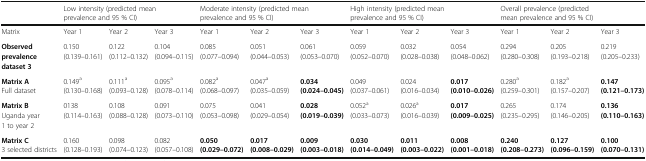
<table><thead><tr><td></td><td colspan="3"><b>Low intensity (predicted mean prevalence and 95 % CI)</b></td><td colspan="3"><b>Moderate intensity (predicted mean prevalence and 95 % CI)</b></td><td colspan="3"><b>High intensity (predicted mean prevalence and 95 % CI)</b></td><td colspan="3"><b>Overall prevalence (predicted mean prevalence and 95 % CI)</b></td></tr></thead><tbody><tr><td>Matrix</td><td>Year 1</td><td>Year 2</td><td>Year 3</td><td>Year 1</td><td>Year 2</td><td>Year 3</td><td>Year 1</td><td>Year 2</td><td>Year 3</td><td>Year 1</td><td>Year 2</td><td>Year 3</td></tr><tr><td><b>Observed prevalence dataset 3</b></td><td>0.150(0.139–0.161)</td><td>0.122(0.112–0.132)</td><td>0.104 (0.094–0.115)</td><td>0.085(0.077–0.094)</td><td>0.051(0.044–0.053)</td><td>0.061(0.053–0.070)</td><td>0.059(0.052–0.070)</td><td>0.032(0.028–0.038)</td><td>0.054 (0.048–0.062)</td><td>0.294 (0.280–0.308)</td><td>0.205 (0.193–0.218)</td><td>0.219 (0.205–0.233)</td></tr><tr><td><b>Matrix A</b>Full dataset</td><td>0.149<sup>a</sup> (0.130<i>–</i>0.168)</td><td>0.111<sup>a</sup> (0.093<i>–</i>0.128)</td><td>0.095<sup>a</sup>(0.078<i>–</i>0.114)</td><td>0.082<sup>a</sup> (0.068<i>–</i>0.097)</td><td>0.047<sup>a</sup> (0.035<i>–</i>0.059)</td><td><b>0.034 (0.024</b><b><i>–</i></b><b>0.045)</b></td><td>0.049 (0.037<i>–</i>0.061)</td><td>0.024 (0.016<i>–</i>0.034)</td><td><b>0.017</b><b>(0.010</b><b><i>–</i></b><b>0.026)</b></td><td>0.280<sup>a</sup> (0.259<i>–</i>0.301)</td><td>0.182<sup>a</sup> (0.157<i>–</i>0.207)</td><td><b>0.147</b><b>(0.121</b><b><i>–</i></b><b>0.173)</b></td></tr><tr><td><b>Matrix B</b>Uganda year 1 to year 2</td><td>0138 (0.114<i>–</i>0.163)</td><td>0.108 (0.088<i>–</i>0.128)</td><td>0.091(0.073<i>–</i>0.110)</td><td>0.075 (0.053<i>–</i>0.098)</td><td>0.041 (0.029<i>–</i>0.054)</td><td><b>0.028</b><b>(0.019</b><b><i>–</i></b><b>0.039)</b></td><td>0.052<sup>a</sup> (0.033<i>–</i>0.073)</td><td>0.026<sup>a</sup> (0.016<i>–</i>0.039)</td><td><b>0.017</b><b>(0.009</b><b><i>–</i></b><b>0.025)</b></td><td>0.265 (0.235<i>–</i>0.295)</td><td>0.174 (0.146<i>–</i>0.205)</td><td><b>0.136</b><b>(0.110</b><b><i>–</i></b><b>0.163)</b></td></tr><tr><td><b>Matrix C</b>3 selected districts</td><td>0.160 (0.128<i>–</i>0.193)</td><td>0.098 (0.074<i>–</i>0.123)</td><td>0.082(0.057<i>–</i>0.108)</td><td><b>0.050 (0.029</b><b><i>–</i></b><b>0.072)</b></td><td><b>0.017 (0.008</b><b><i>–</i></b><b>0.029)</b></td><td><b>0.009</b><b>(0.003</b><b><i>–</i></b><b>0.018)</b></td><td><b>0.030 (0.014</b><b><i>–</i></b><b>0.049)</b></td><td><b>0.011 (0.003</b><b><i>–</i></b><b>0.022)</b></td><td><b>0.008</b><b>(0.001</b><b><i>–</i></b><b>0.018)</b></td><td><b>0.240 (0.208</b><b><i>–</i></b><b>0.273)</b></td><td><b>0.127 (0.096</b><b><i>–</i></b><b>0.159)</b></td><td><b>0.100</b><b>(0.070</b><b><i>–</i></b><b>0.131)</b></td></tr></tbody></table>